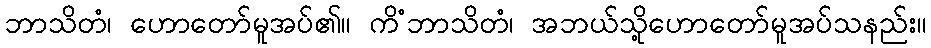
ဘာသိတံ၊ ဟောတော်မူအပ်၏။ ကိံဘာသိတံ၊ အဘယ်သို့ဟောတော်မူအပ်သနည်း။